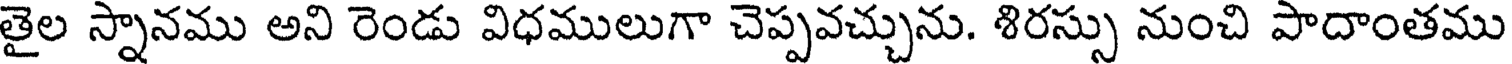
తైల స్నానము అని రెండు విధములుగా చెప్పవచ్చును. శిరస్సు నుంచి పాదాంతము